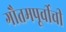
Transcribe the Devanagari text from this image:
गौतमपूर्वीची